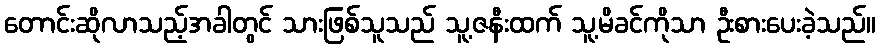
တောင်းဆိုလာသည့်အခါတွင် သားဖြစ်သူသည် သူ့ဇနီးထက် သူ့မိခင်ကိုသာ ဦးစားပေးခဲ့သည်။